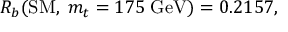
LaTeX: R _ { b } ( \mathrm { S M } , \; m _ { t } = 1 7 5 \; \mathrm { G e V } ) = 0 . 2 1 5 7 ,